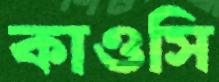
কাওসি